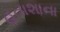
હતાશાના